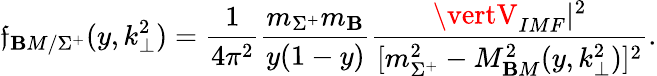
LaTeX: \mathfrak{f}_{\mathbf{B}M/\Sigma^{+}}(y,k_{\perp}^{2})=\frac{{1}}{{4\pi^{2}}}\frac{{m_{\Sigma^{+}}m_{\mathbf{B}}}}{{y(1-y)}}\frac{{\vertV_{IMF}\vert^{2}}}{{[m_{\Sigma^{+}}^{2}-M_{\mathbf{B}M}^{2}(y,k_{\perp}^{2})]^{2}}}.